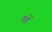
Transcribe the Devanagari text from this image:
नशें